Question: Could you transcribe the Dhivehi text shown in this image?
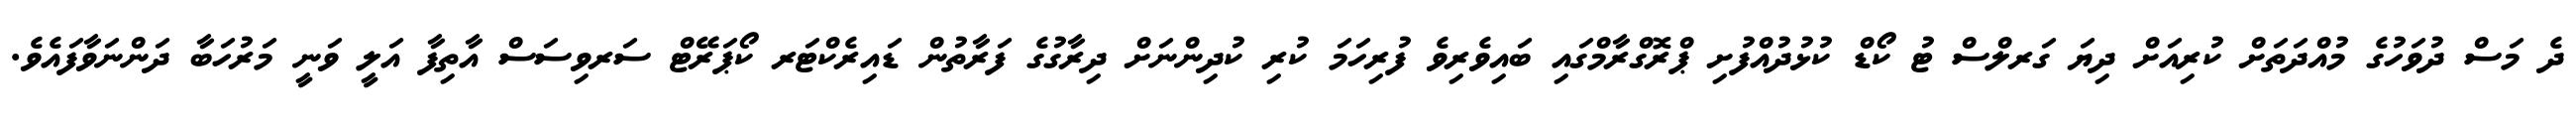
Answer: ދެ މަސް ދުވަހުގެ މުއްދަތަށް ކުރިއަށް ދިޔަ ގަރލްސް ޓު ކޯޑް ކުޅުދުއްފުށި ޕްރޮގްރާމްގައި ބައިވެރިވެ ފުރިހަމަ ކުރި ކުދިންނަށް ދިރާގުގެ ފަރާތުން ޑައިރެކްޓަރ ކޯޕަރޭޓް ސަރވިސަސް އާތިފާ އަލީ ވަނީ މަރުހަބާ ދަންނަވާފައެވެ.